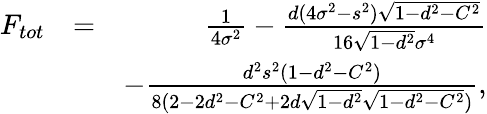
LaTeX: \begin{array}{rlr}{F_{tot}}&{=}&{\frac{1}{4\sigma^{2}}-\frac{d(4\sigma^{2}-s^{2})\sqrt{1-d^{2}-C^{2}}}{16\sqrt{1-d^{2}}\sigma^{4}}}\\ &{}&{-\frac{d^{2}s^{2}(1-d^{2}-C^{2})}{8(2-2d^{2}-C^{2}+2d\sqrt{1-d^{2}}\sqrt{1-d^{2}-C^{2}})},}\end{array}